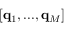
[ \mathbf { q } _ { 1 } , . . . , \mathbf { q } _ { M } ]